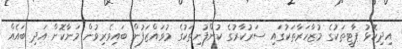
އިދިކޮޅު ޕާޓީތަކުގެ މުޒާހަރާތަކުގައި ސަރުކާރުގެ ކުންފުނިތަކުގެ މުވައްޒަފުން ބައިވެރިވުން މަނާކޮށް އަދި ބައެއް